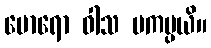
မောရော ဝါသ မကပ္ပယိ။